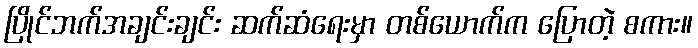
ပြိုင်ဘက်အချင်းချင်း ဆက်ဆံရေးမှာ တစ်ယောက်က ပြောတဲ့ စကား။